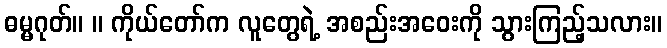
ဓမ္မဂုတ်။ ။ ကိုယ်တော်က လူတွေရဲ့ အစည်းအဝေးကို သွားကြည့်သလား။